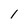
Character: l